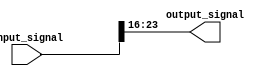
module bit_select_assign (
    input [31:0] input_signal,
    output reg [7:0] output_signal
);

// Assign specific bits from input_signal to output_signal
always @(*) begin
    output_signal[7:0] = input_signal[23:16]; // Assign bits [23:16] from input_signal to bits [7:0] in output_signal
end

endmodule